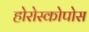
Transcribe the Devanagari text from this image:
होरोस्कोपोस